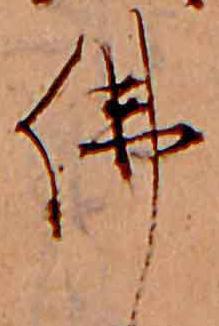
仏